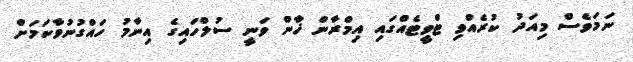
ނަމަވެސް މިއަދު ކުރެއްވި ޓްވީޓެއްގައި އިމްރާން ޚާން ވަނީ ސުލްހައިގެ އިނާމު ހައްގުނުވާކަމަށް